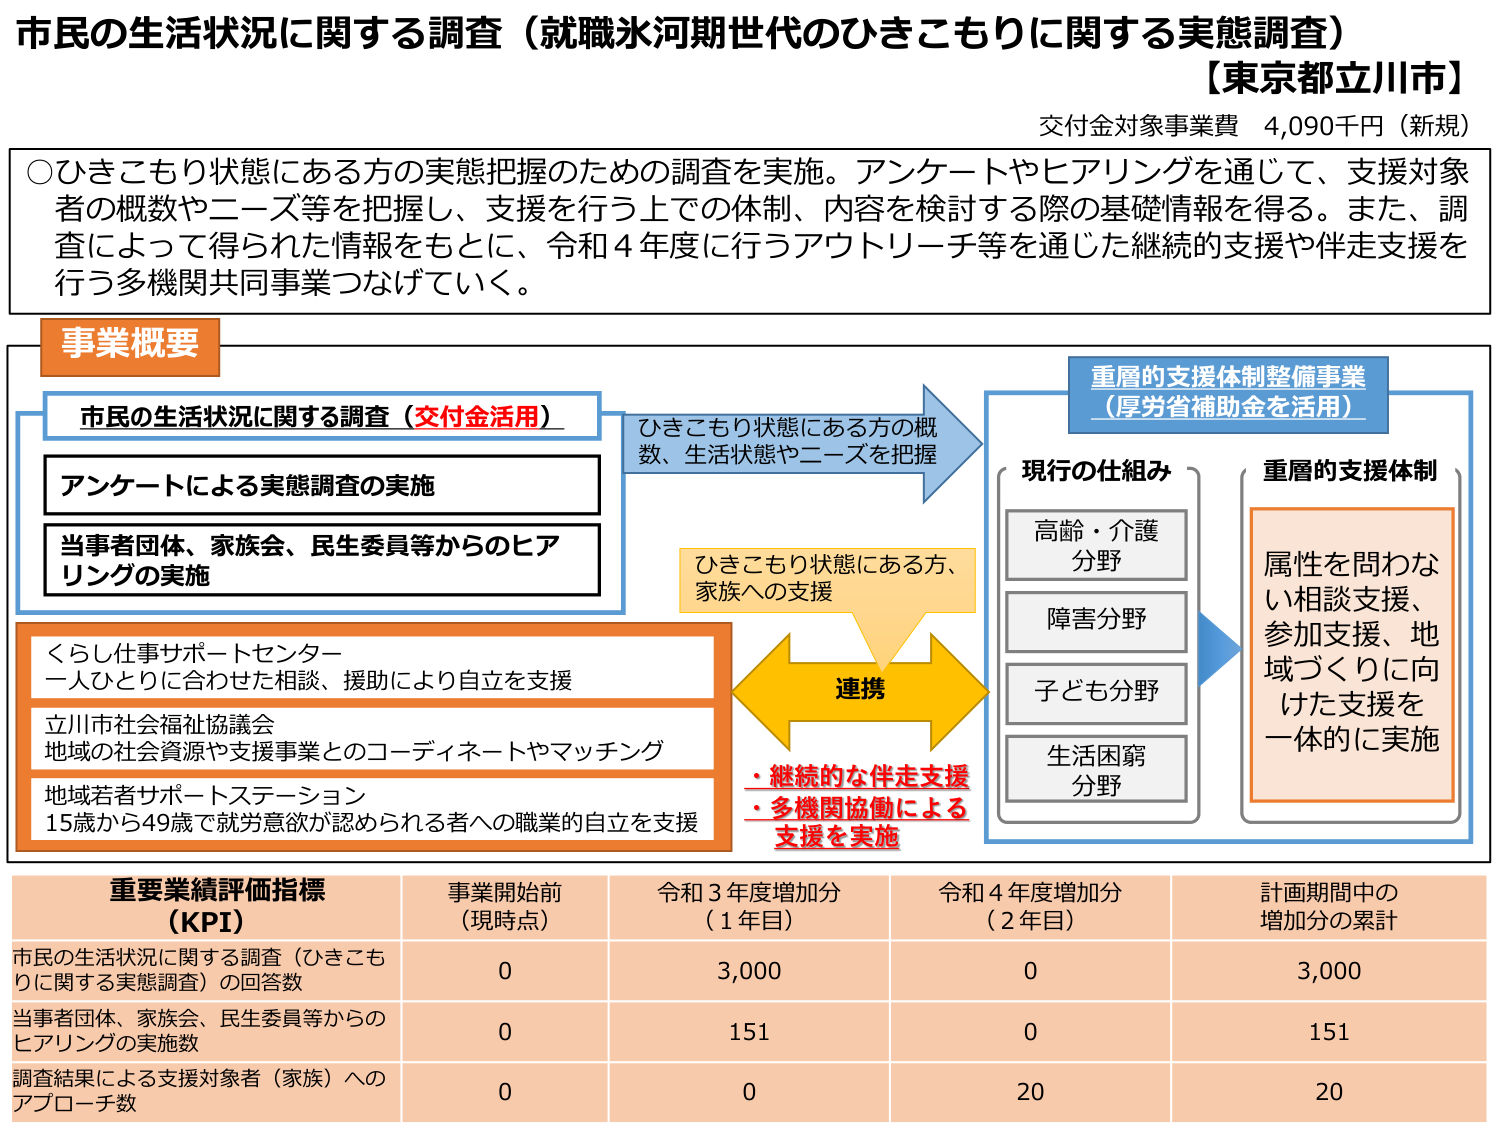
市民の生活状況に関する調査（就職氷河期世代のひきこもりに関する実態調査）
【東京都立川市】
交付金対象事業費 4,090千円（新規）

○ひきこもり状態にある方の実態把握のための調査を実施。アンケートやヒアリングを通じて、支援対象者の概数やニーズ等を把握し、支援を行う上での体制、内容を検討する際の基礎情報を得る。また、調査によって得られた情報をもとに、令和4年度に行うアウトリーチ等を通じた継続的支援や伴走支援を行う多機関共同事業つなげていく。

事業概要

市民の生活状況に関する調査（交付金活用）
アンケートによる実態調査の実施
当事者団体、家族会、民生委員等からのヒアリングの実施

ひきこもり状態にある方の概数、生活状態やニーズを把握

重層的支援体制整備事業（厚労省補助金を活用）

現行の仕組み
高齢・介護分野
障害分野
子ども分野
生活困窮分野

重層的支援体制
属性を問わない相談支援、参加支援、地域づくりに向けた支援を一体的に実施

くらし仕事サポートセンター
一人ひとりに合わせた相談、援助により自立を支援

立川市社会福祉協議会
地域の社会資源や支援事業とのコーディネートやマッチング

地域若者サポートステーション
15歳から49歳で就労意欲が認められる者への職業的自立を支援

ひきこもり状態にある方、家族への支援

連携
・継続的な伴走支援
・多機関協働による支援を実施

重要業績評価指標（KPI）
事業開始前（現時点）　令和3年度増加分（1年目）　令和4年度増加分（2年目）　計画期間中の増加分の累計

市民の生活状況に関する調査（ひきこもりに関する実態調査）の回答数　0　3,000　0　3,000
当事者団体、家族会、民生委員等からのヒアリングの実施数　0　151　0　151
調査結果による支援対象者（家族）へのアプローチ数　0　0　20　20